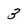
Character: 3